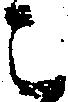
こ